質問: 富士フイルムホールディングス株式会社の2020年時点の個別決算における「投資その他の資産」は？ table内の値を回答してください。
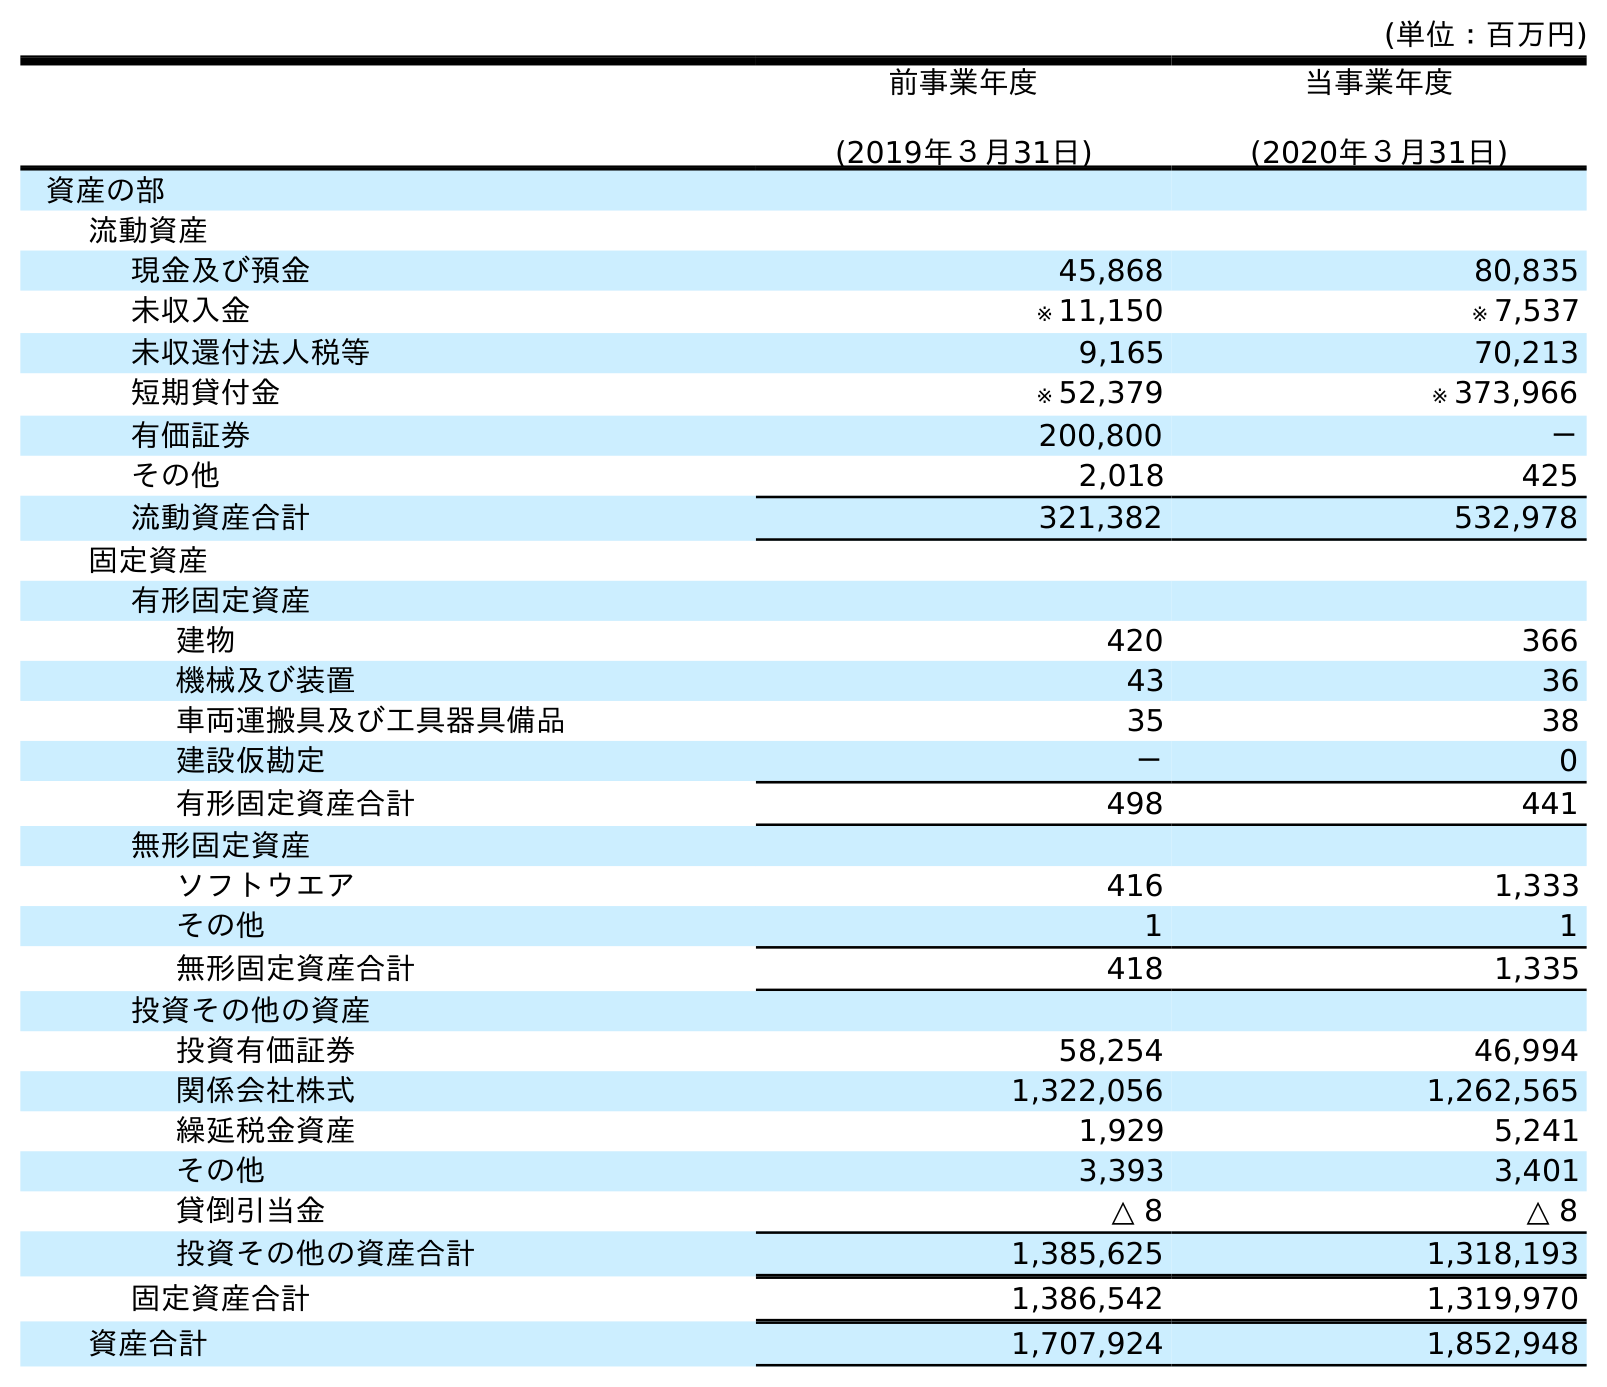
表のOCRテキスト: (単位：百万円) 前事業年度 (2019年３月31日) 当事業年度 (2020年３月31日) 資産の部 流動資産 現金及び預金 45,868 80,835 未収入金 ※ 11,150 ※ 7,537 未収還付法人税等 9,165 70,213 短期貸付金 ※ 52,379 ※ 373,966 有価証券 200,800 － その他 2,018 425 流動資産合計 321,382 532,978 固定資産 有形固定資産 建物 420 366 機械及び装置 43 36 車両運搬具及び工具器具備品 35 38 建設仮勘定 － 0 有形固定資産合計 498 441 無形固定資産 ソフトウエア 416 1,333 その他 1 1 無形固定資産合計 418 1,335 投資その他の資産 投資有価証券 58,254 46,994 関係会社株式 1,322,056 1,262,565 繰延税金資産 1,929 5,241 その他 3,393 3,401 貸倒引当金 △ 8 △ 8 投資その他の資産合計 1,385,625 1,318,193 固定資産合計 1,386,542 1,319,970 資産合計 1,707,924 1,852,948
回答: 1,318,193